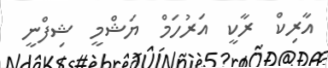
އާރިކް  ރާކީ  އަރުހަމް  ޔަޝްމީ  ޝިފްނީ